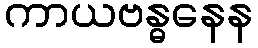
ကာယဗန္ဓနေန